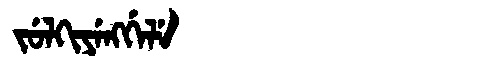
Manchu: ᠵᡠᠯᡴᡳᠶᡝᠩᡤᡝᠯᡝ
Romanization: JULKIYENGGELE